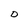
Character: D